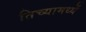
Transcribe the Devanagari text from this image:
तिच्यामध्यें